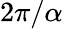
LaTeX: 2\pi/\alpha